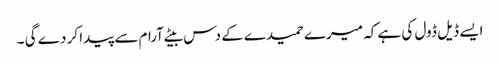
ایسے ڈیل ڈول کی ہے کہ میرے حمیدے کے دس بیٹے آرام سے پیدا کر دے گی ۔